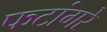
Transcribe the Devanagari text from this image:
फटांगरे